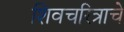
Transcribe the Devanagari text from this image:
शिवचरित्राचे